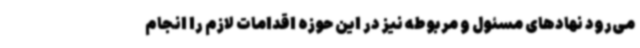
می‌رود نهادهای مسئول و مربوطه نیز در این حوزه اقدامات لازم را انجام